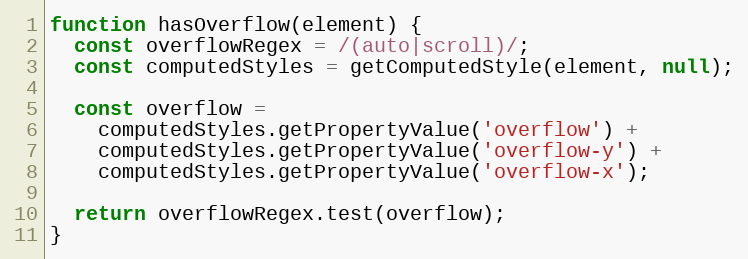
Language: JavaScript
function hasOverflow(element) {
  const overflowRegex = /(auto|scroll)/;
  const computedStyles = getComputedStyle(element, null);

  const overflow =
    computedStyles.getPropertyValue('overflow') +
    computedStyles.getPropertyValue('overflow-y') +
    computedStyles.getPropertyValue('overflow-x');

  return overflowRegex.test(overflow);
}